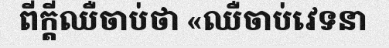
ពីក្តីឈឺចាប់ថា «ឈឺចាប់វេទនា